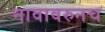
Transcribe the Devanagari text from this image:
नावावरुनच